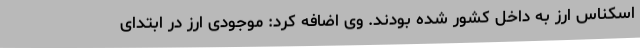
اسکناس ارز به داخل کشور شده بودند. وی اضافه کرد: موجودی ارز در ابتدای